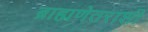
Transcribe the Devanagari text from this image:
ब्राह्मणेतराशी